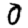
Digit: 0